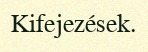
Kifejezések.